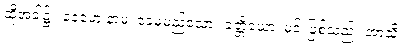
ထိုအခါ၌။ ခေမော နာမ၊ ခေမမည်သော။ ခတ္တိယော၊ မင်းဖြစ်သည်။ အာသိ၊